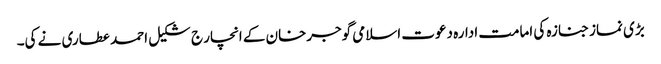
بڑی نماز جنازہ کی امامت ادارہ دعوت اسلامی گوجرخان کے انچار ج شکیل احمد عطاری نے کی۔